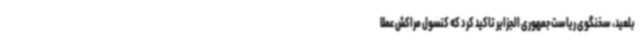
بلعید، سخنگوی ریاست جمهوری الجزایر تاکید کرد که کنسول مراکش عملاً